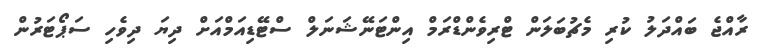
ރާއްޖެ ބައްދަލު ކުރި މެޗުބަލަން ޓްރިވެންޑްރަމް އިންޓަނޭޝަނަލް ސްޓޭޑިއަމްއަށް ދިޔަ ދިވެހި ސަޕޯޓަރުން